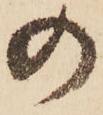
の